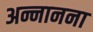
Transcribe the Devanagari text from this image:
अन्नानना